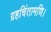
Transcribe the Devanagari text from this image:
ग्रहचिंतामणि।